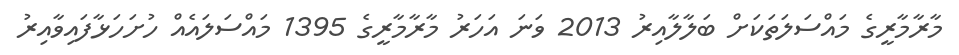
މާރާމާރީގެ މައްސަލަތަކަށް ބަލާލާއިރު 2013 ވަނަ އަހަރު މާރާމާރީގެ 1395 މައްސަލައެއް ހުށަހަޅާފައިވާއިރު